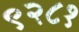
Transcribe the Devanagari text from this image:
९२८१